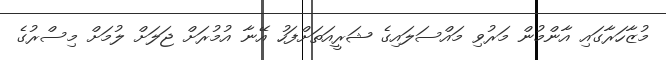
މުޒާހަރާގައި އާންމުން މަރުވި މައްސަލައިގެ ޝަރީއަތަށްފަހު އޭނާ އުމުރަށް ޖަލަށް ލުމަށް މިސްރުގެ